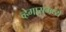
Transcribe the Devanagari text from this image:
व्हेगासमध्ये